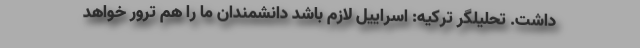
داشت. تحلیلگر ترکیه: اسراییل لازم باشد دانشمندان‌ ما را هم ترور خواهد